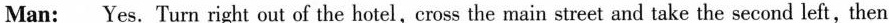
Man: Yes. Turn right out of the hotel,cross the main street and take the second left,then